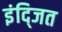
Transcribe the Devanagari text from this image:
इंद्जित